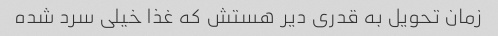
زمان تحویل به قدری دیر هستش که غذا خیلی سرد شده